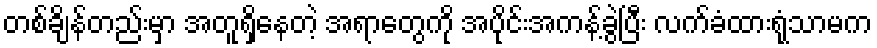
တစ်ချိန်တည်းမှာ အတူရှိနေတဲ့ အရာတွေကို အပိုင်းအကန့်ခွဲပြီး လက်ခံထားရုံသာမက